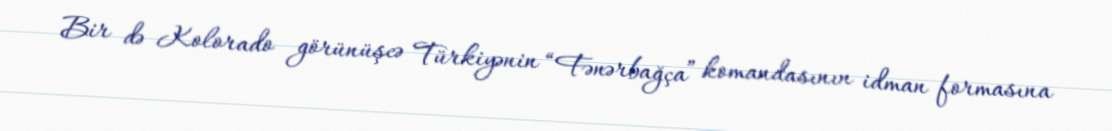
Bir də Kolorado görünüşcə Türkiyənin “Fənərbağça” komandasının idman formasına